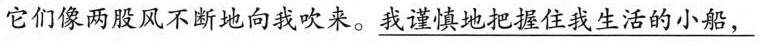
它们像两股风不断地向我吹来。\underline{我谨慎地把握住我生活的小船}，